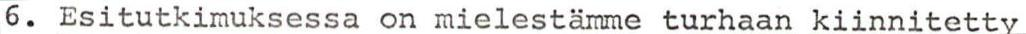
6. Esitutkimuksessa on mielestämme turhaan kiinnitetty